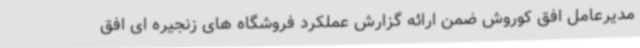
مدیرعامل افق کوروش ضمن ارائه گزارش عملکرد فروشگاه های زنجیره ای افق